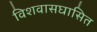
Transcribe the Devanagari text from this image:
विशवासघासित